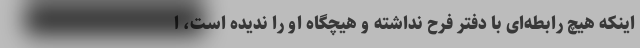
اینکه هیچ رابطه‌ای با دفتر فرح نداشته و هیچگاه او را ندیده است، ا